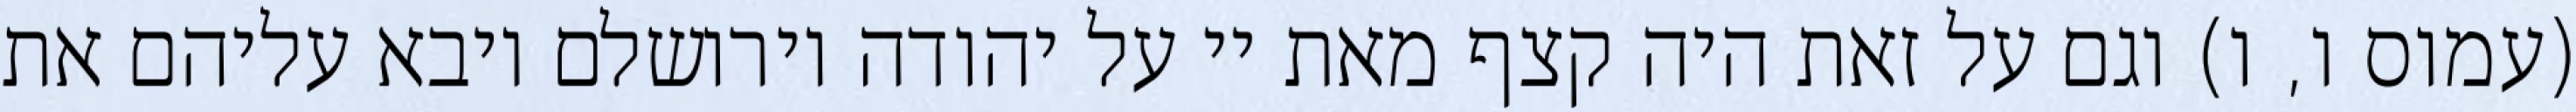
(עמוס ו, ו) וגם על זאת היה קצף מאת יי על יהודה וירושלם ויבא עליהם את